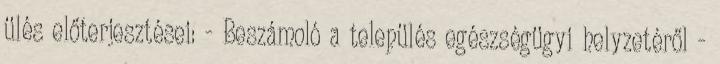
ülés előterjesztései: - Beszámoló a település egészségügyi helyzetéről -